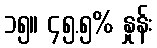
၁၅။ ၄၅.၅% နှုန်း